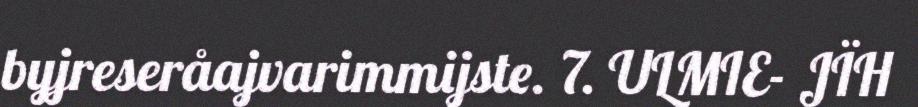
byjreseråajvarimmijste. 7. ULMIE- JÏH